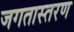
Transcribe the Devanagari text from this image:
जगतास्तरण